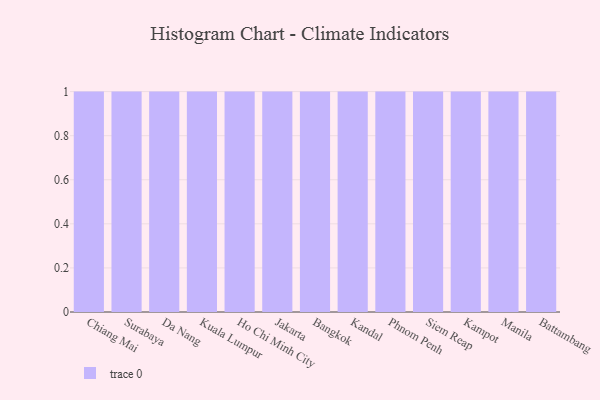
{"axis": {"x": "City", "y": "Market Share (%)"}, "legend": [""], "data": [{"x": "Chiang Mai", "y": 82, "type": ""}, {"x": "Surabaya", "y": 96, "type": ""}, {"x": "Da Nang", "y": 8, "type": ""}, {"x": "Kuala Lumpur", "y": 93, "type": ""}, {"x": "Ho Chi Minh City", "y": 65, "type": ""}, {"x": "Jakarta", "y": 56, "type": ""}, {"x": "Bangkok", "y": 38, "type": ""}, {"x": "Kandal", "y": 16, "type": ""}, {"x": "Phnom Penh", "y": 54, "type": ""}, {"x": "Siem Reap", "y": 68, "type": ""}, {"x": "Kampot", "y": 40, "type": ""}, {"x": "Manila", "y": 24, "type": ""}, {"x": "Battambang", "y": 68, "type": ""}]}